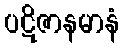
ပဋိဇာနမာနံ